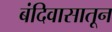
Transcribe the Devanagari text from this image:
बंदिवासातून